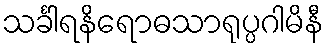
သင်္ခါရနိရောဓသာရုပ္ပဂါမိနီ